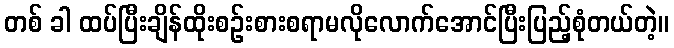
တစ် ခါ ထပ်ပြီးချိန်ထိုးစဉ်းစားစရာမလိုလောက်အောင်ပြီးပြည့်စုံတယ်တဲ့။